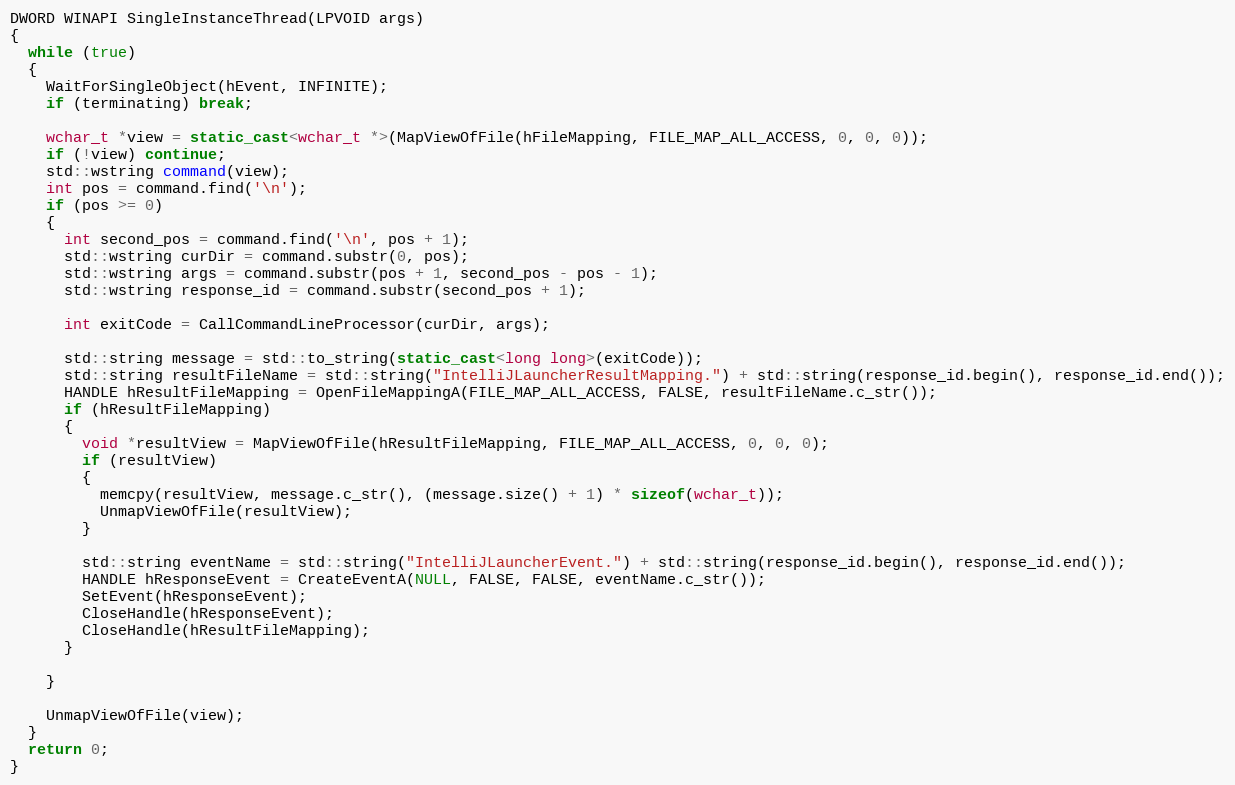
Language: C++
DWORD WINAPI SingleInstanceThread(LPVOID args)
{
  while (true)
  {
    WaitForSingleObject(hEvent, INFINITE);
    if (terminating) break;

    wchar_t *view = static_cast<wchar_t *>(MapViewOfFile(hFileMapping, FILE_MAP_ALL_ACCESS, 0, 0, 0));
    if (!view) continue;
    std::wstring command(view);
    int pos = command.find('\n');
    if (pos >= 0)
    {
      int second_pos = command.find('\n', pos + 1);
      std::wstring curDir = command.substr(0, pos);
      std::wstring args = command.substr(pos + 1, second_pos - pos - 1);
      std::wstring response_id = command.substr(second_pos + 1);

      int exitCode = CallCommandLineProcessor(curDir, args);

      std::string message = std::to_string(static_cast<long long>(exitCode));
      std::string resultFileName = std::string("IntelliJLauncherResultMapping.") + std::string(response_id.begin(), response_id.end());
      HANDLE hResultFileMapping = OpenFileMappingA(FILE_MAP_ALL_ACCESS, FALSE, resultFileName.c_str());
      if (hResultFileMapping)
      {
        void *resultView = MapViewOfFile(hResultFileMapping, FILE_MAP_ALL_ACCESS, 0, 0, 0);
        if (resultView)
        {
          memcpy(resultView, message.c_str(), (message.size() + 1) * sizeof(wchar_t));
          UnmapViewOfFile(resultView);
        }

        std::string eventName = std::string("IntelliJLauncherEvent.") + std::string(response_id.begin(), response_id.end());
        HANDLE hResponseEvent = CreateEventA(NULL, FALSE, FALSE, eventName.c_str());
        SetEvent(hResponseEvent);
        CloseHandle(hResponseEvent);
        CloseHandle(hResultFileMapping);
      }

    }

    UnmapViewOfFile(view);
  }
  return 0;
}